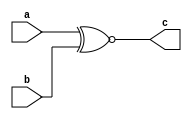
module XNOR_dig(
    input a,
    input b,
    output c
    );
    assign c=a^~b;
endmodule